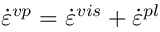
\dot { \varepsilon } ^ { v p } = \dot { \varepsilon } ^ { v i s } + \dot { \varepsilon } ^ { p l }